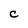
Character: c